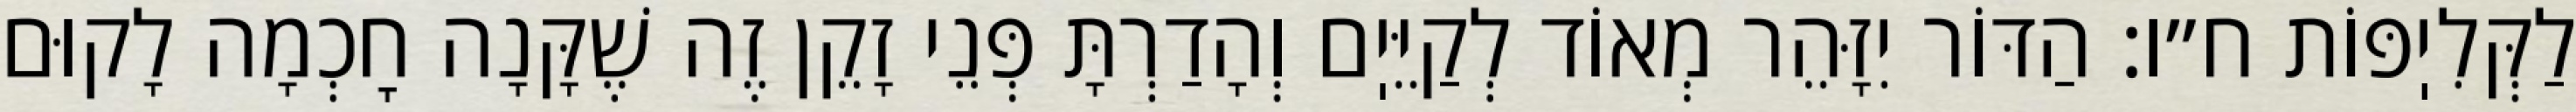
לַקְּלִיֽפּוֹת ח״ו: הַדּוֹר יִזָּהֵר מְאוֹד לְקַיֵּיֽם וְהָדַרְתָּ פְּנֵי זָקֵן זֶה שֶׁקָּנָה חׇכְמָה לָקוּם